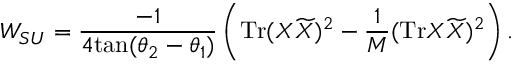
W _ { S U } = \frac { - 1 } { 4 \mathrm { t a n } ( \theta _ { 2 } - \theta _ { 1 } ) } \left( \mathrm { T r } ( X { \widetilde X } ) ^ { 2 } - \frac { 1 } { M } ( \mathrm { T r } X { \widetilde X } ) ^ { 2 } \right) .